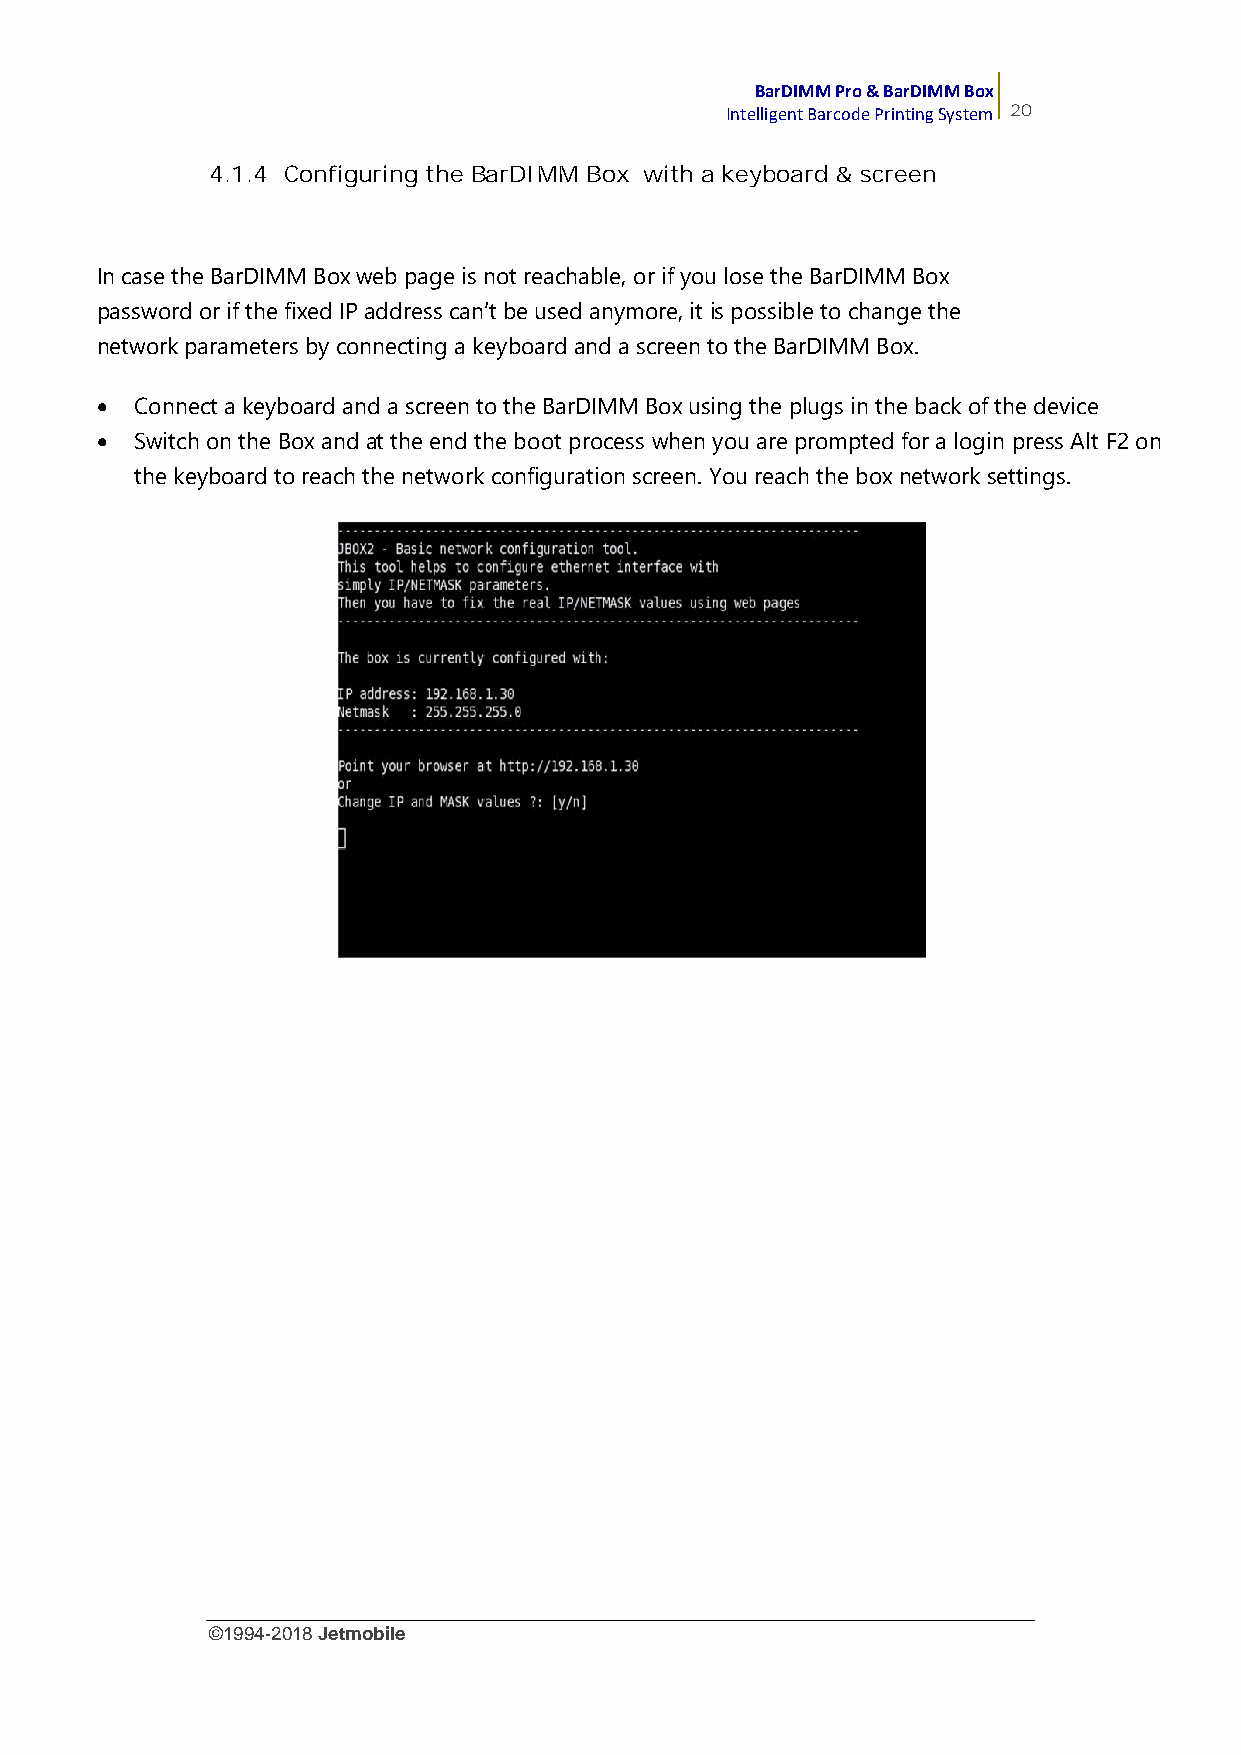
BarDIMM Pro & BarDIMM Box
 Intelligent Barcode Printing System 20
 4.1.4 Configuring the BarDIMM Box with a keyboard & screen
 In case the BarDIMM Box web page is not reachable, or if you lose the BarDIMM Box
 password or if the fixed IP address can’t be used anymore, it is possible to change the
 network parameters by connecting a keyboardand a screen to the BarDIMM Box.
   Connect a keyboard and a screen to the BarDIMM Box using the plugs in the back of the device
   Switch on the Box andat the end the boot process when you are prompted for a login press Alt F2on
 the keyboard to reach the network configuration screen. You reach the boxnetwork settings.
 ©1994-2018Jetmobile
 E
 r
 r
 o